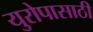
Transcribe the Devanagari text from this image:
युरोपासाठी